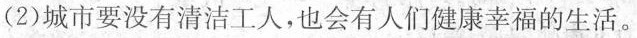
（2)城市要没有清洁工人，也会有人们健康幸福的生活。